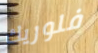
فلوريك